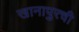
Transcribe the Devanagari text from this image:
खानापुरची